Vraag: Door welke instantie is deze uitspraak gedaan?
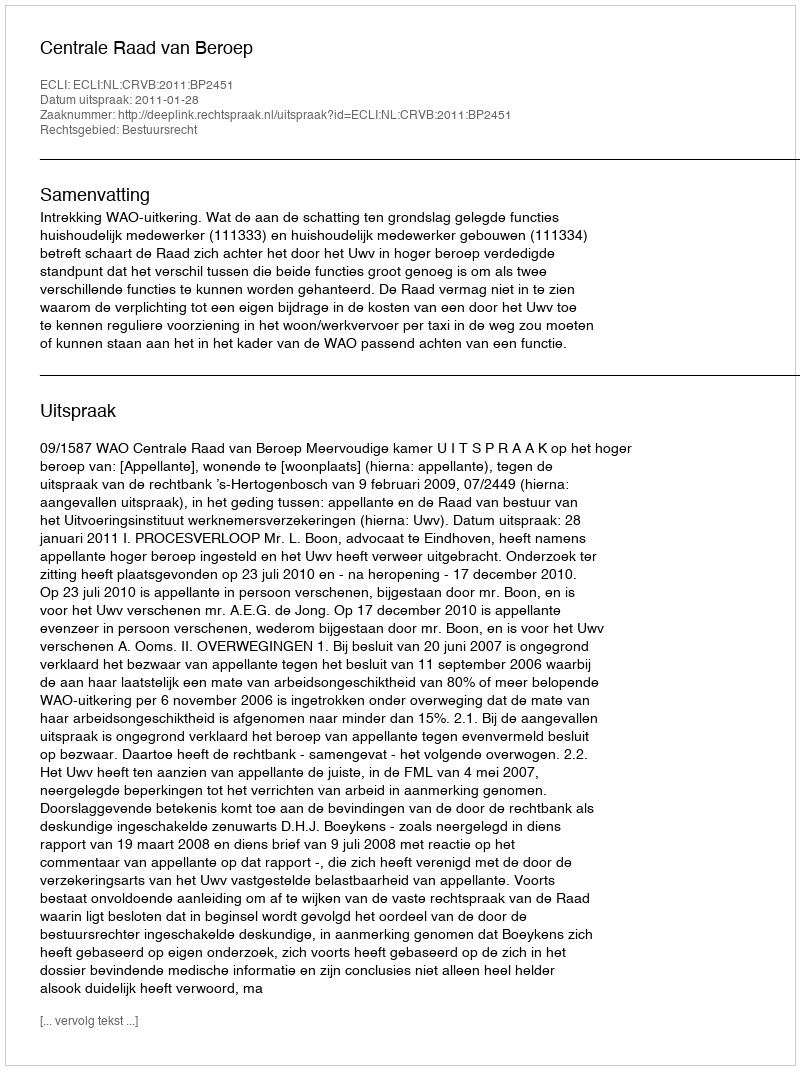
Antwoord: Centrale Raad van Beroep